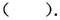
( )。